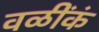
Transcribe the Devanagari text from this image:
वळींकं